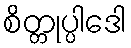
စိတ္တုပ္ပါဒေါ